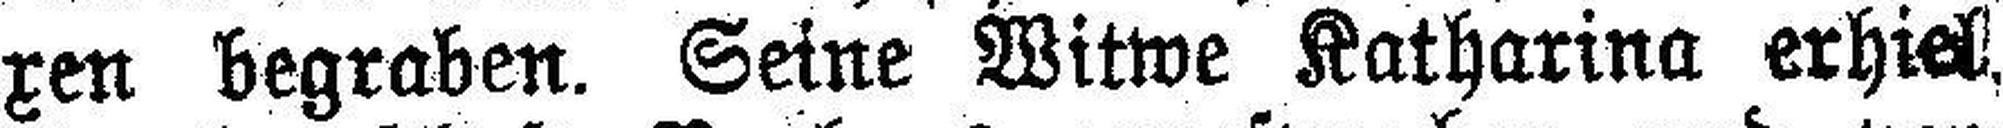
xen begraben. Seine Witwe Katharina erhiel